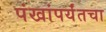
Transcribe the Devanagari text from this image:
पंखांपर्यंतचा